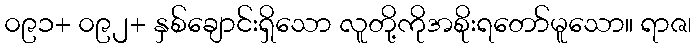
၀၉၁+ ၀၉၂+ နှစ်ချောင်းရှိသော လူတို့ကိုအစိုးရတော်မူသော။ ရာဇ၊